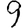
Digit: 9